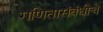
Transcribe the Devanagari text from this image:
गणितासंबंधीचे